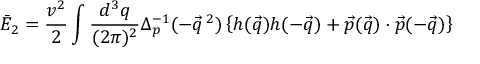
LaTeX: \bar { E } _ { 2 } = \frac { v ^ { 2 } } { 2 } \int \frac { d ^ { 3 } q } { ( 2 \pi ) ^ { 2 } } \Delta _ { p } ^ { - 1 } ( - \vec { q } \, ^ { 2 } ) \left\{ h ( \vec { q } ) h ( - \vec { q } ) + \vec { p } ( \vec { q } ) \cdot \vec { p } ( - \vec { q } ) \right\}